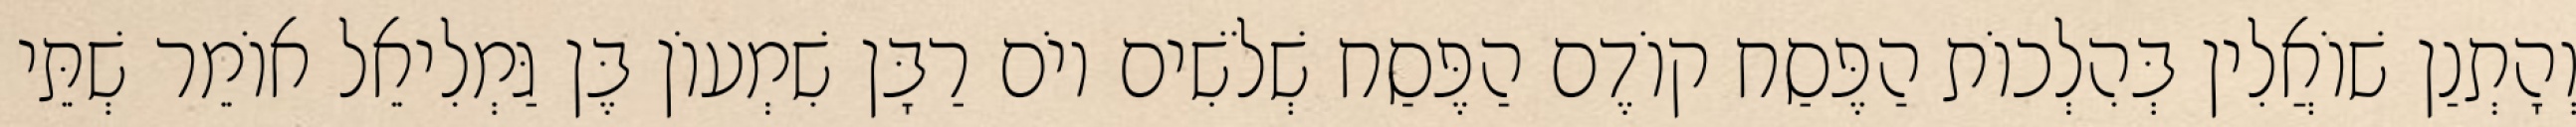
וְהָתְנַן שׁוֹאֲלִין בְּהִלְכוֹת הַפֶּסַח קוֹדֶם הַפֶּסַח שְׁלֹשִׁים יוֹם רַבָּן שִׁמְעוֹן בֶּן גַּמְלִיאֵל אוֹמֵר שְׁתֵּי